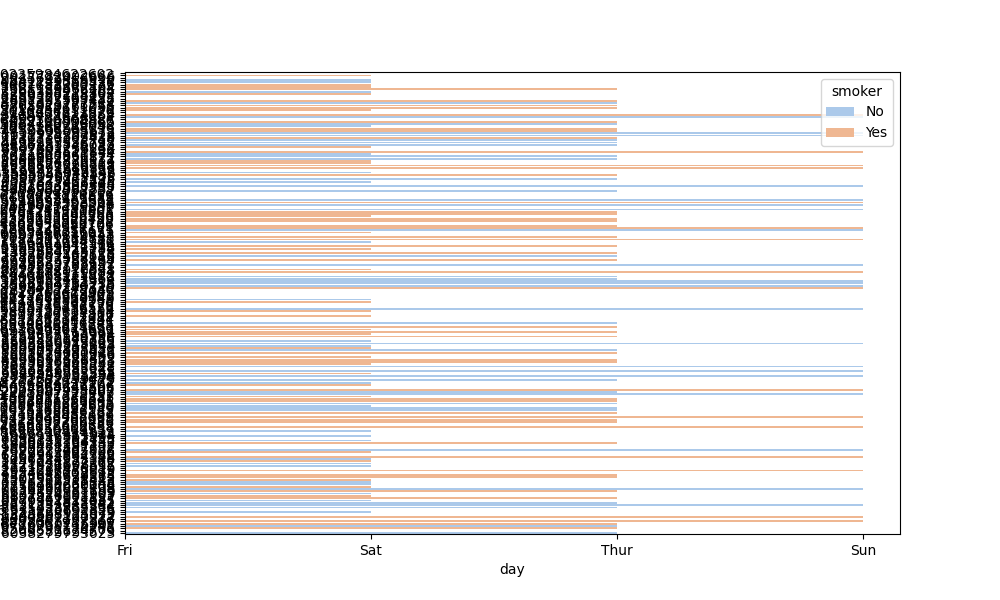
python, seaborn, barplot, hue='smoker', palette='pastel', ci=95, orient='h'